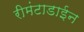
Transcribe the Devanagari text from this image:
रीमंटाडाईन